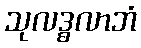
သုလဒ္ဓလာဘံ